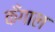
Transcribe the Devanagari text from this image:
कँगाल